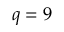
q = 9